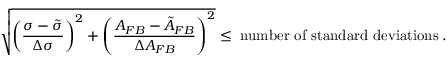
\sqrt { \left( \frac { \sigma - \tilde { \sigma } } { \Delta \sigma } \right) ^ { 2 } + \left( \frac { A _ { F B } - \tilde { A } _ { F B } } { \Delta A _ { F B } } \right) ^ { 2 } } \leq \; \mathrm { n u m b e r ~ o f ~ s t a n d a r d ~ d e v i a t i o n s } \: .